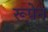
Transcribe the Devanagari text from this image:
रूपेन